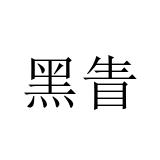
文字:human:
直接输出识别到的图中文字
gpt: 黑眚